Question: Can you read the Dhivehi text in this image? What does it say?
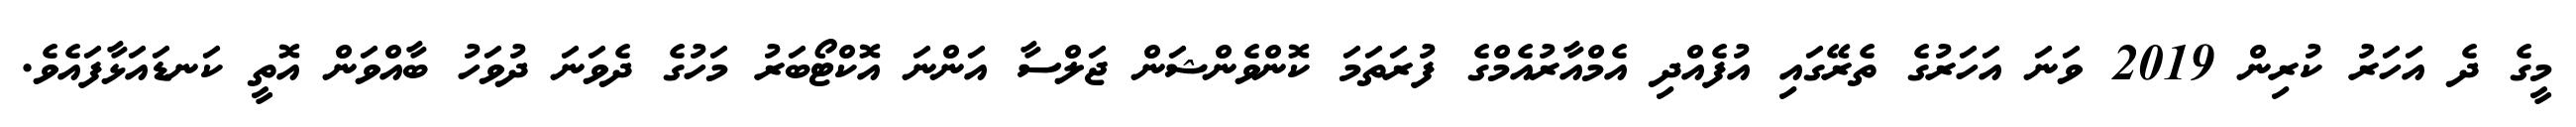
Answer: މީގެ ދެ އަހަރު ކުރިން 2019 ވަނަ އަހަރުގެ ތެރޭގައި އުފެއްދި އެމްއާރުއެމްގެ ފުރަތަމަ ކޮންވެންޝަން ޖަލްސާ އަންނަ އޮކްޓޯބަރު މަހުގެ ދެވަނަ ދުވަހު ބާއްވަން އޮތީ ކަނޑައަޅާފައެވެ.